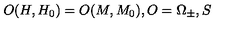
O ( H , H _ { 0 } ) = O ( M , M _ { 0 } ) , O = \Omega _ { \pm } , S